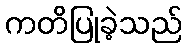
ကတိပြုခဲ့သည်